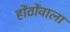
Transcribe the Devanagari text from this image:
होंठोंवाला